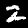
Digit: 2